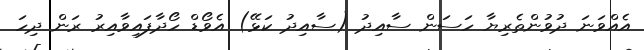
އެއްވަނަ ދުވުންތެރިޔާ ހަސަން ސާއިދު (ސާއިދު ކަޅޭ) އެވޯޑް ހޯދާފައިވާއިރު ރަން ދިހަ